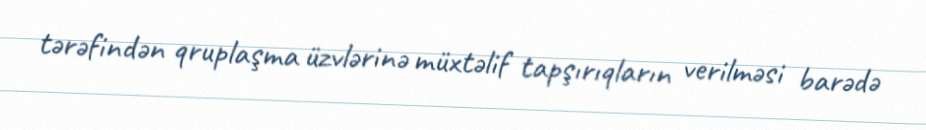
tərəfindən qruplaşma üzvlərinə müxtəlif tapşırıqların verilməsi barədə